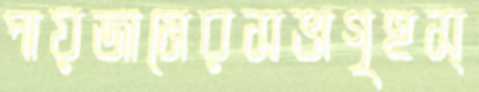
পায়জামেরসভাগৃহস্